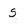
Character: S